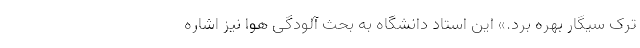
ترک سیگار بهره برد.» این استاد دانشگاه به بحث آلودگی هوا نیز اشاره